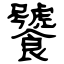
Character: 饕